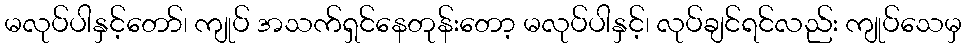
မလုပ်ပါနှင့်တော်၊ ကျုပ် အသက်ရှင်နေတုန်းတော့ မလုပ်ပါနှင့်၊ လုပ်ချင်ရင်လည်း ကျုပ်သေမှ